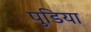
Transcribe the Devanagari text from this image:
पुडिया